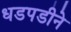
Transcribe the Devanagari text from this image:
धडपडीने